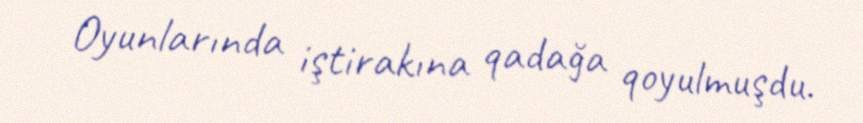
Oyunlarında iştirakına qadağa qoyulmuşdu.